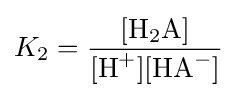
K_{2}={\frac {[{\ce {H2A}}]}{[{\ce {H+}}][{\ce {HA-}}]}}